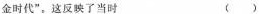
金时代”。这反映了当时 ( )